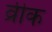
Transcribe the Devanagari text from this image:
व्रीक